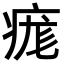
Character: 痝